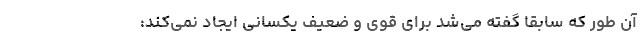
آن‌ طور که سابقاً گفته می‌شد برای قوی و ضعیف یکسانی ایجاد نمی‌کند: